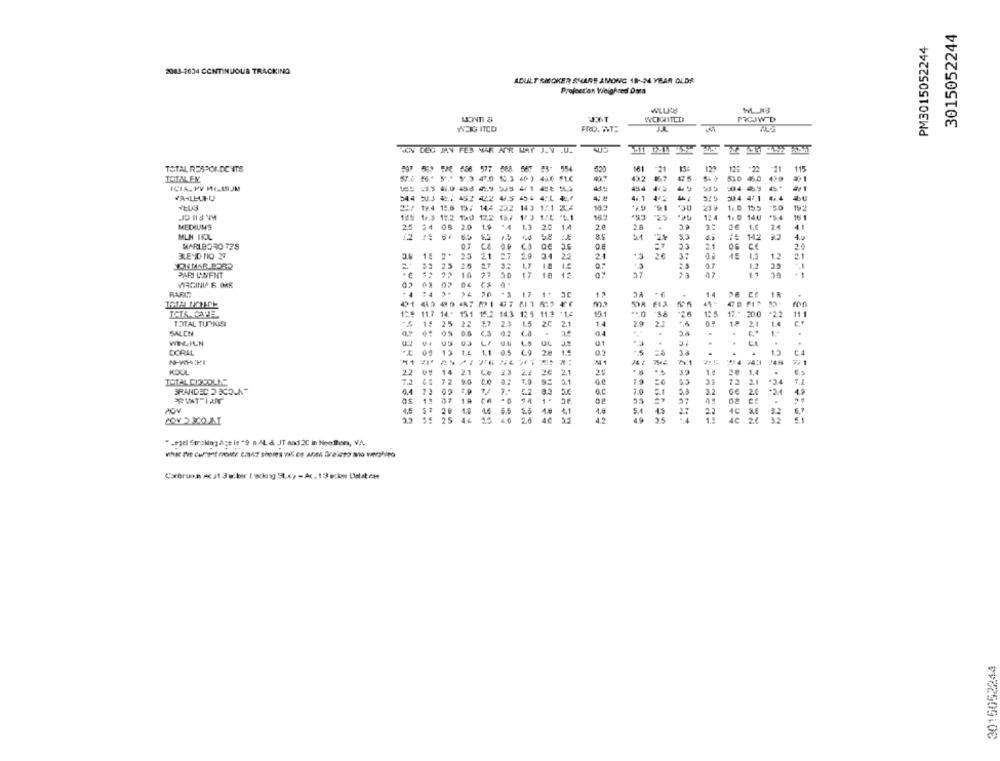
3015052244
PM3015052244
2003-2634 CONTINUOUS TRACKING
ADULT SMOKER SHARE AMONG 18 -- 24 YEAR OLDS
Projection Weighned Daza
PRCJW D
WEIG ITCO
FRO. A.T.
LOW DER JAN FES VAR APR WAY J. N .U.
TOTAL RESPONDE ITS
559 5E 686 577
888 567 43- 554
520
161
.21
125
11
ICHALEN
ICIA. PV ME-LIJM
----- - - 1
944
44.1
30.4 47.1
4.4
11.0 15.5
192
19.4 15.6 19/ 144 222 143 1/1 204
.9.1
1/8 19.2 130 12.2 15/
12
1 .. 0 140
*54
MEDIUMS
24 05 20
1.9
20 1.4
28
2.8
2€
1.€
24
41
MLN TIL
12
4.0
5.8
SC
5.3
1: 142
MARLBORO T78
07
08
0.9
23
21
ce
2.0
BLEND HIO 27
3.5
18
2.
23
2.1
34
22
1.2
1.2
53 25
2.0
1.7
1.8
2.5
25
PARI WWFNT
10
50
17
18
47
37
PAGINA & IMME
RARIT
20
11.7 14.+
151
14.3
36
20.0
-2
11.4 :1,4
12
TOTAL TURNISI
19
25
8.7
23
1.5
21
1.4
2.9
2.2
1.4
SALCH
0.4
WEILN
0.1
.
21
DORAL
13
0.2
41
7:
22
2.1
22
20
2.1
25
14
TOTAL CIRCOAN
7.2
90
12
21
0.1
19
2
.24
BRANDED D SCOLA
83
5.6
6.C
3.2
..
02
02
POV
4.5
16
48
41
1.0
22
25
AC
" Legel Stroking dge is "9 a ALa JT and 2C in Heoften, V.A.
Carbruot Acat 3 a:ker I acknig SLey - Ac. 13 ecko Listatest
3015052244